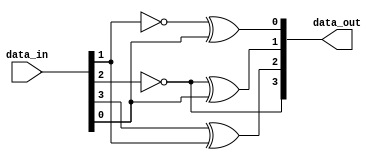

//////////////////////////////////////////////////////////////////////////////////
// Company:		   COSIC, KU Leuven
// 
// Design Name:    
// Module Name:    Share_1_A5 
// Project Name:   TI with Non-Uniform Inputs
// Target Devices: 
// Tool versions: 
// Description:    https://eprint.iacr.org/2023/1517
//
// Dependencies: 
//
// Revision: 
// Revision 0.01 - File Created
// Additional Comments: 
//
//////////////////////////////////////////////////////////////////////////////////

module Share_1_A5(
	input wire [3:0] data_in,
	output wire [3:0] data_out
);

assign data_out[3] = 1'b1 ^ data_in[2];
assign data_out[2] = data_in[3] ^ data_in[1];
assign data_out[1] = 1'b1 ^ data_in[2] ^ data_in[0];
assign data_out[0] = 1'b1 ^ data_in[1] ^ data_in[0];

endmodule